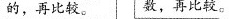
的，再比较。 数，再比较。